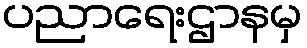
ပညာရေးဌာနမှ